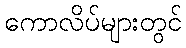
ကောလိပ်များတွင်